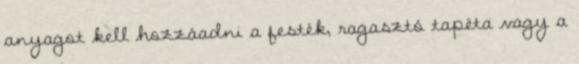
anyagot kell hozzáadni a festék, ragasztó tapéta vagy a